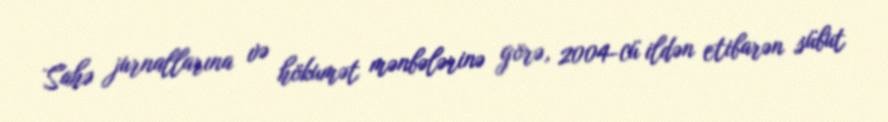
Sahə jurnallarına və hökumət mənbələrinə görə, 2004-cü ildən etibarən sübut